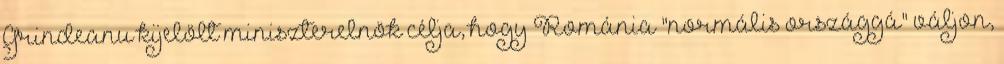
Grindeanu kijelölt miniszterelnök célja, hogy Románia "normális országgá" váljon,